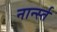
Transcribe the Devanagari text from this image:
नार्न्स्त